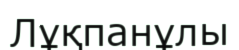
Лұқпанұлы